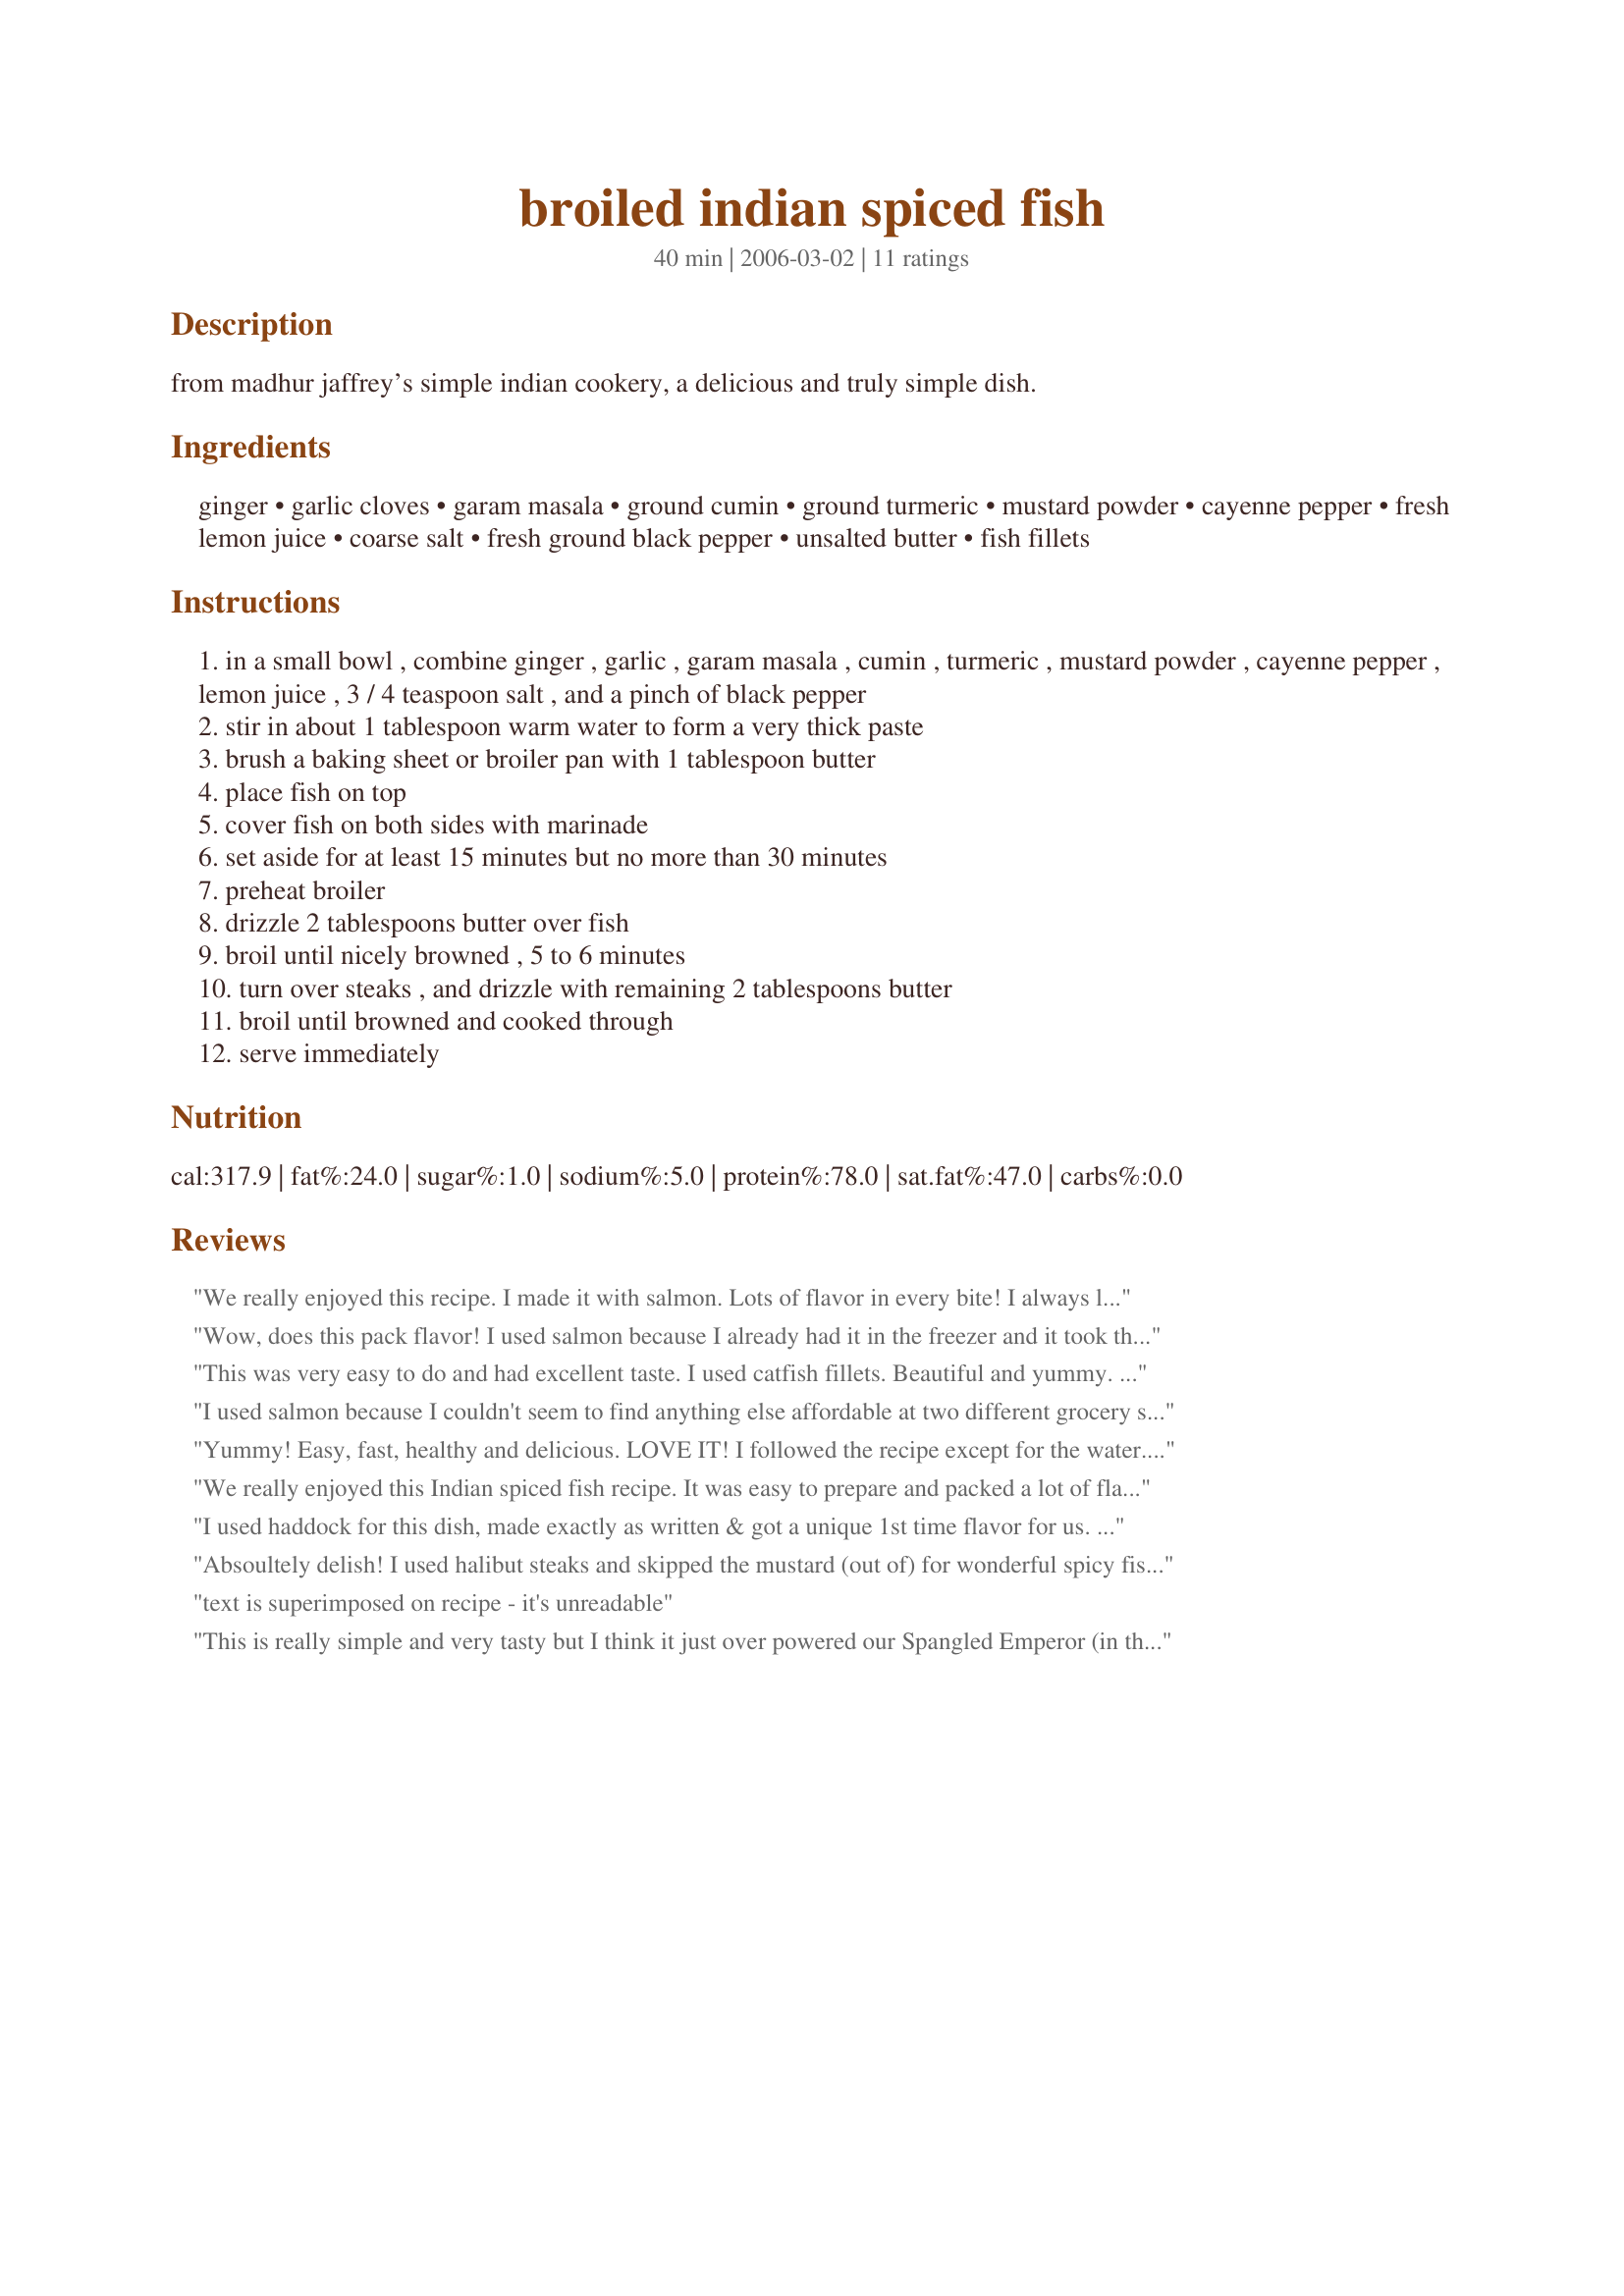
broiled indian spiced fish
Preparation time: 40 minutes

from madhur jaffrey’s simple indian cookery, a delicious and truly simple dish.

Ingredients:
ginger, garlic cloves, garam masala, ground cumin, ground turmeric, mustard powder, cayenne pepper, fresh lemon juice, coarse salt, fresh ground black pepper, unsalted butter, fish fillets

Steps:
in a small bowl , combine ginger , garlic , garam masala , cumin , turmeric , mustard powder , cayenne pepper , lemon juice , 3 / 4 teaspoon salt , and a pinch of black pepper
stir in about 1 tablespoon warm water to form a very thick paste
brush a baking sheet or broiler pan with 1 tablespoon butter
place fish on top
cover fish on both sides with marinade
set aside for at least 15 minutes but no more than 30 minutes
preheat broiler
drizzle 2 tablespoons butter over fish
broil until nicely browned , 5 to 6 minutes
turn over steaks , and drizzle with remaining 2 tablespoons butter
broil until browned and cooked through
serve immediately

Reviews:
We really enjoyed this recipe. I made it with salmon. Lots of flavor in every bite! I always like recipes from Madhur Jaffrey. Thanks!
Wow, does this pack flavor! I used salmon because I already had it in the freezer and it took the seasoning really well. I also used a low fat margarine instead of the butter just to try to keep the fat as low as I could and it still turned out well for me. Made for ZWT4.
This was very easy to do and had excellent taste. I used catfish fillets. Beautiful and yummy. Made for ZWT 4.
I used salmon because I couldn't seem to find anything else affordable at two different grocery stores. I didn't think it would be the best fish for this recipe, but it turned out beautifully! This is extremely flavorful and easy to make! Thank you :)
Yummy! Easy, fast, healthy and delicious. LOVE IT! I followed the recipe except for the water. I just added lemon juice to make the paste. I did not add as much butter. I used Reynolds non-stick aluminum foil and no butter. I did put about 1 teaspoon of butter on top of the fish before putting into the broiler. The kids thought it was too spicy but we loved it. I will make this again. Thank you.
We really enjoyed this Indian spiced fish recipe. It was easy to prepare and packed a lot of flavor. I used swordfish and halved the recipe to suit 1 lb of fish, which worked fine. Other than halving, we made no modifications to the recipe. It was perfect as is. We served with Recipe #17382 17382 as a side. Thanks for a great, easy dinner!
I used haddock for this dish, made exactly as written & got a unique 1st time flavor for us. The prep was a snap for this & worthy of 5 stars just for that! While we both liked this, DH did admit he more favors less spicy versions for the much-revered Icleandic seafood. His palate has been spoiled it would seem, but I'm working to change that. Thx for posting.
Absoultely delish! I used halibut steaks and skipped the mustard (out of) for wonderful spicy fish. Thanks for sharing this keeper which we will be having often!
text is superimposed on recipe - it's unreadable
This is really simple and very tasty but I think it just over powered our Spangled Emperor (in the snapper family) fillets a bit. I would be inclined to halve the mustard powder and omit the cayenne for our tastes. We also used low fat margarine like Sarah Jayne.
I'll just leave comments as I didn't broil the fish! I made 1/2 marinade recipe for a 220 g salmon fillet; marinated for 20 minutes, baked in the oven, 20 minutes at 200 C. (How is that for a constellation of 2's? :-) ) Turned out delicious!! Not super-spicy at all, just very flavourful and lovely. Will definitely make again - thank you for the recipe!
